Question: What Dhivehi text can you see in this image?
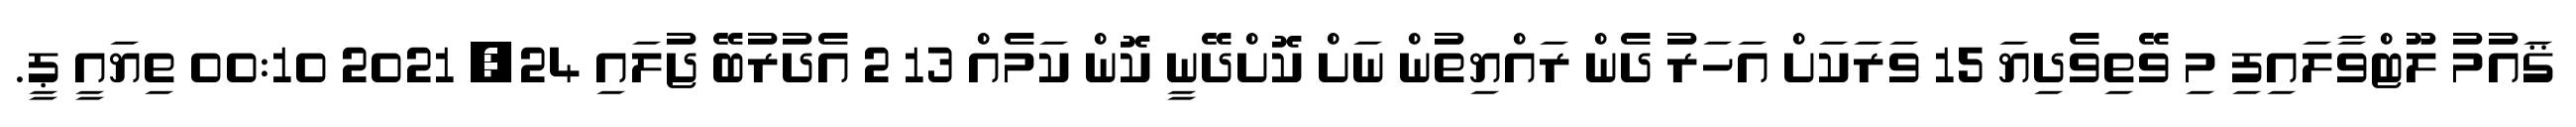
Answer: ޤައުމު ލޫޓްވާލައިފި މި ވޭތިވެދިޔަ 15 ވަރަކަށް އަހަރު ދެން ރައްޔިތުން ނަށް ކޮށްދޭނީ ކޮން ކަމެއް 13 2 އެދުރުބޭ ޖުލައި 24, 2021 00:10 ތިޔައީ ޕީ.